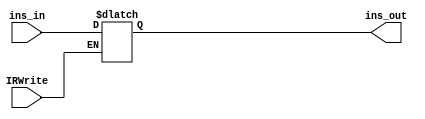
`timescale 1ns / 1ps
//////////////////////////////////////////////////////////////////////////////////
// Company: 
// Engineer: 
// 
// Design Name: 
// Module Name: ins_reg
// Project Name: 
// Target Devices: 
// Tool Versions: 
// Description: 
// 
// Dependencies: 
// 
// Revision:
// Revision 0.01 - File Created
// Additional Comments:
// 
//////////////////////////////////////////////////////////////////////////////////


module ins_reg(
input IRWrite,
input [31:0] ins_in,
output reg[31:0] ins_out
    );
always@(*)
begin
    if(IRWrite)
        ins_out <= ins_in;
    else
        ins_out <= ins_out;
end
endmodule